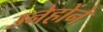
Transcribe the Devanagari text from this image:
उनेहोंने